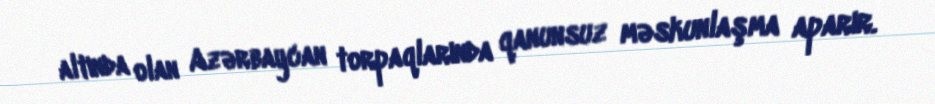
altında olan Azərbaycan torpaqlarında qanunsuz məskunlaşma aparır.